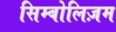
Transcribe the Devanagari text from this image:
सिम्बोलिज़म